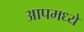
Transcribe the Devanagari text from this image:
आपमध्ये